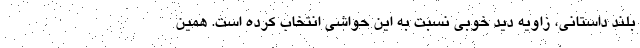
بلند داستانی، زاویه دید خوبی نسبت به این حواشی انتخاب کرده است. همین